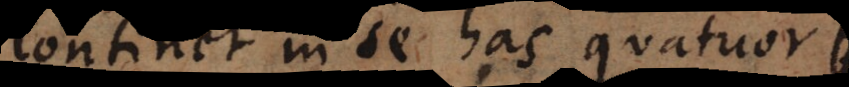
continet in se has quatuor